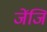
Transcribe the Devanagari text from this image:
जेंजि